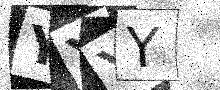
Text: YYYY